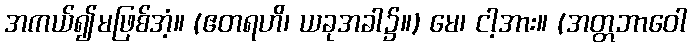
အကယ်၍မဖြစ်အံ့။ (ဧတရဟိ၊ ယခုအခါ၌။) မေ၊ ငါ့အား။ (အတ္တဘာဝေါ